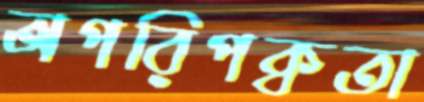
অপরিপক্বতা